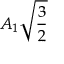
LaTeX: A _ { 1 } { \sqrt { \frac { 3 } { 2 } } }